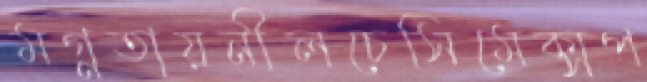
মগ্নতায়নীলচেসিমেক্সপ